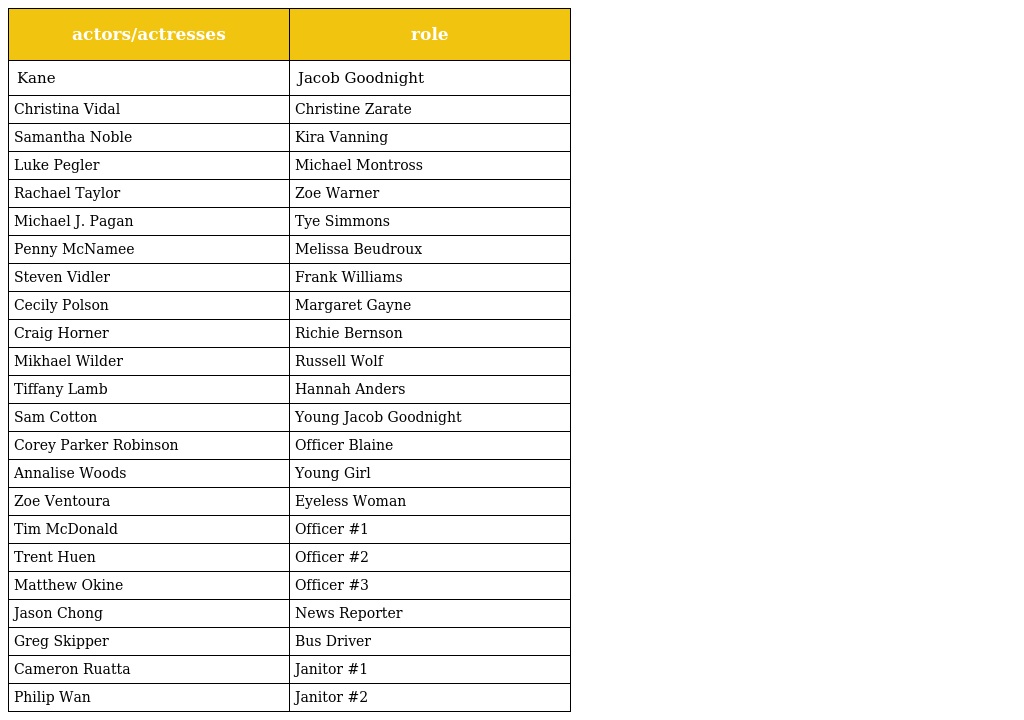
| actors/actresses | role |
 | --- | --- |
 | Kane | Jacob Goodnight |
 | Christina Vidal | Christine Zarate |
 | Samantha Noble | Kira Vanning |
 | Luke Pegler | Michael Montross |
 | Rachael Taylor | Zoe Warner |
 | Michael J. Pagan | Tye Simmons |
 | Penny McNamee | Melissa Beudroux |
 | Steven Vidler | Frank Williams |
 | Cecily Polson | Margaret Gayne |
 | Craig Horner | Richie Bernson |
 | Mikhael Wilder | Russell Wolf |
 | Tiffany Lamb | Hannah Anders |
 | Sam Cotton | Young Jacob Goodnight |
 | Corey Parker Robinson | Officer Blaine |
 | Annalise Woods | Young Girl |
 | Zoe Ventoura | Eyeless Woman |
 | Tim McDonald | Officer #1 |
 | Trent Huen | Officer #2 |
 | Matthew Okine | Officer #3 |
 | Jason Chong | News Reporter |
 | Greg Skipper | Bus Driver |
 | Cameron Ruatta | Janitor #1 |
 | Philip Wan | Janitor #2 |